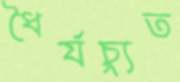
ধৈর্যচ্যুত